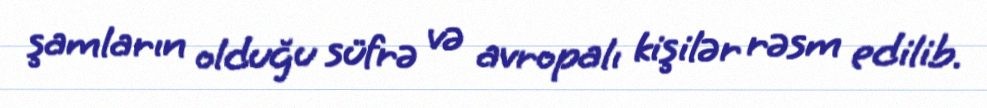
şamların olduğu süfrə və avropalı kişilər rəsm edilib.